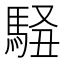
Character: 𱄜